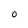
Character: 0